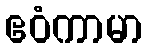
ဧဝံကာမာ